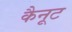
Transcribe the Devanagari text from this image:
कैनूट